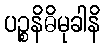
ပဉ္စနိဓိမုခါနိ